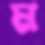
ম